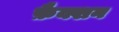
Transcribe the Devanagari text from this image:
फ़ैक्शन